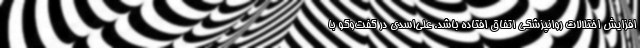
افزایش اختلالات روانپزشکی اتفاق افتاده باشد. علی‌اسدی در گفت‌وگو با